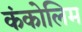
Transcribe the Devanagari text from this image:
कंकोलिम